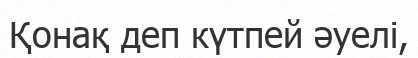
Қонақ деп күтпей әуелі,